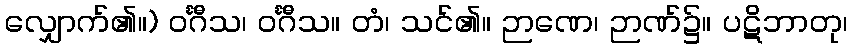
လျှောက်၏။) ဝင်္ဂီသ၊ ဝင်္ဂီသ။ တံ၊ သင်၏။ ဉာဏေ၊ ဉာဏ်၌။ ပဋိဘာတု၊